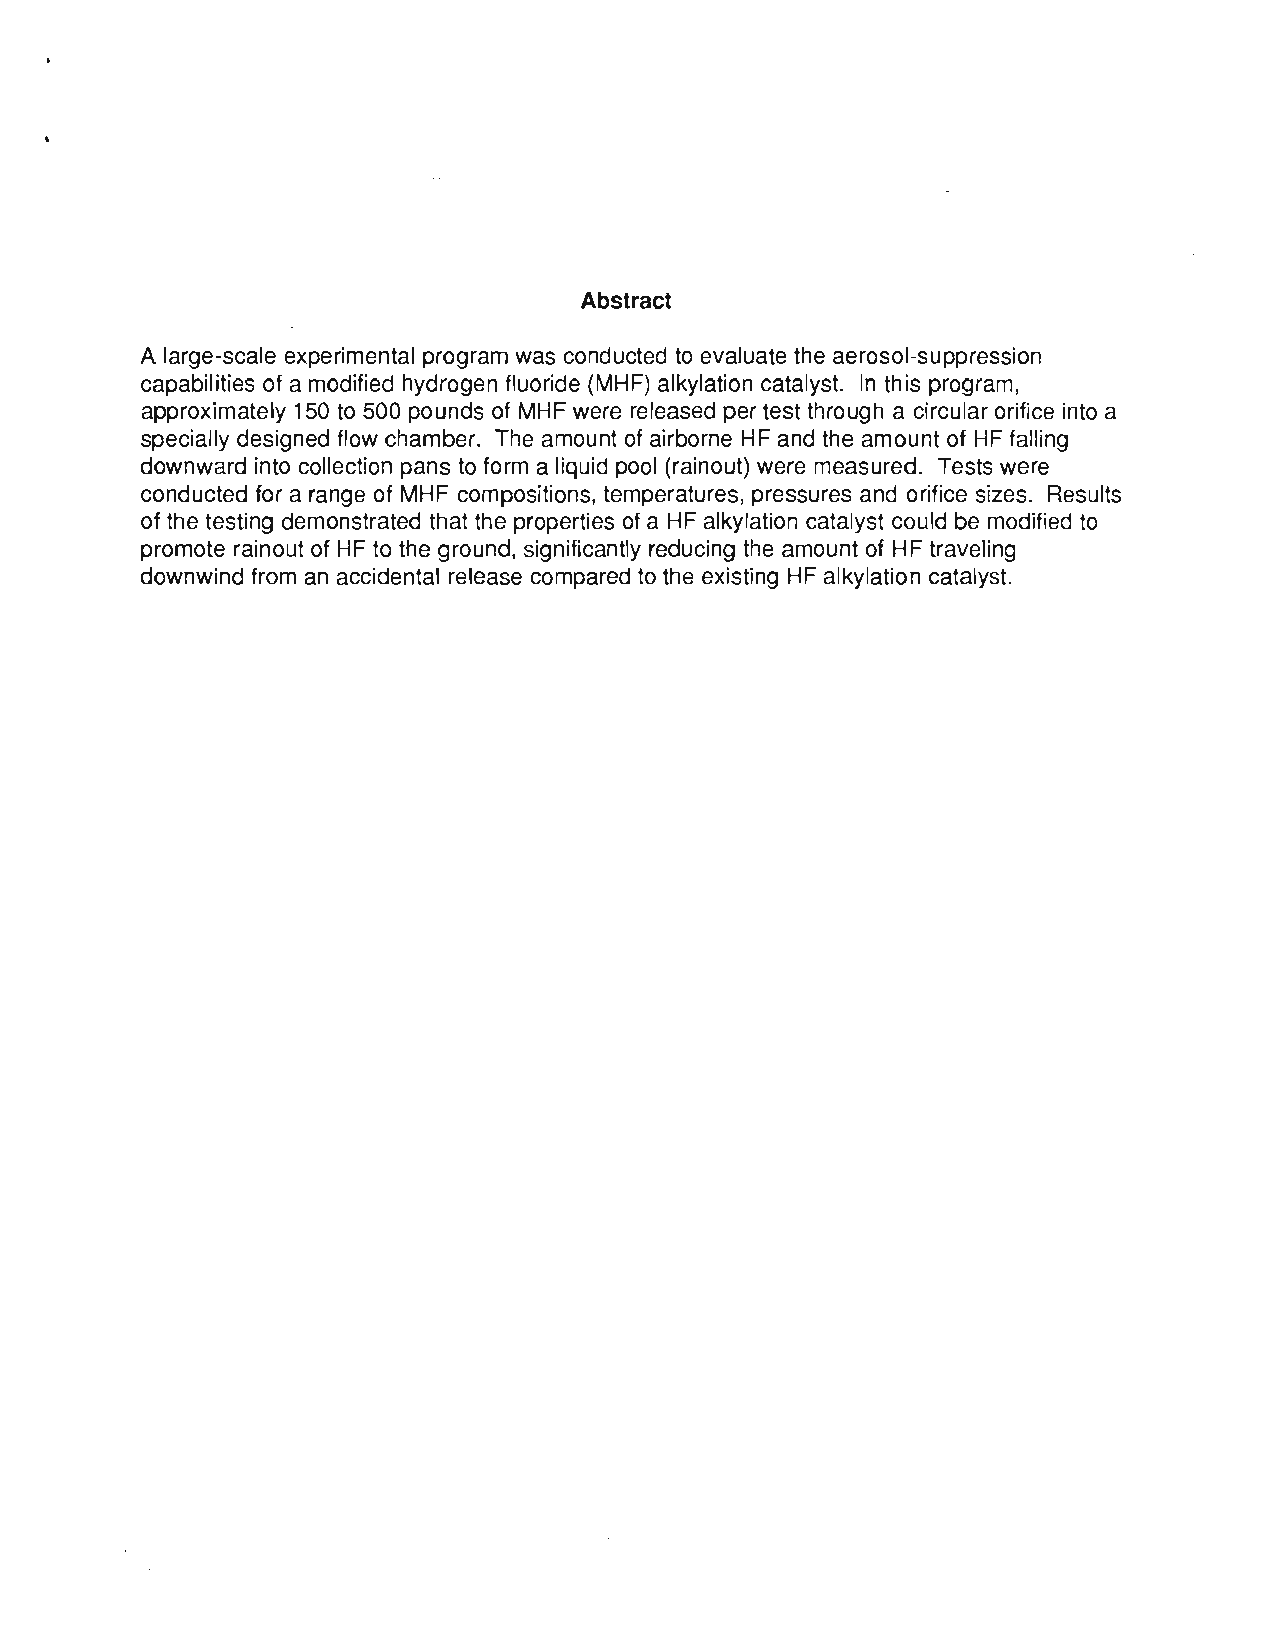
Abstract
 A large-scale experimental program was conducted to evaluate the aerosol-suppression
 capabilities of a modified hydrogen fluoride (MHF) alkylation catalyst. In this program,
 approximately 150 to 500 pounds of MHF were released per test through a circular orifice into a
 specially designed flow chamber. The amount of airborne HF and the amount of HF falling
 downward into collection pans to form a liquid pool (rainout) were measured. Tests were
 conducted for a range of MHF compositions, temperatures, pressures and orifice sizes. Results
 of the testing demonstrated that the properties of a HF alkylation catalyst could be modified to
 promote rainout of HF to the ground, significantly reducing the amount of HF traveling
 downwind from an accidental release compared to the existing HF alkylation catalyst.